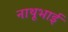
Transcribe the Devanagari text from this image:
नाथूभाई